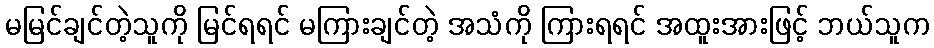
မမြင်ချင်တဲ့သူကို မြင်ရရင် မကြားချင်တဲ့ အသံကို ကြားရရင် အထူးအားဖြင့် ဘယ်သူက